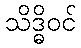
သိဒ္ဓိဝင်